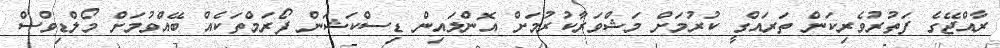
ރާއްޖޭގެ ފަތުރުވެރިކަން ތަރައްގީ ކުރުމަށް މަޝްވަރާކުރުމަށް އޮންލައިން ޑިސްކަޝަން ފޯރަމްތަކެއް ބޭއްވުމަށް މޯލްޑިވްސް